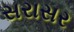
સરાસર